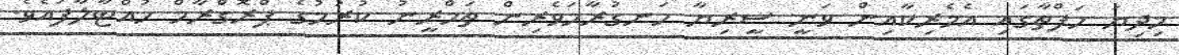
މިދިޔަ ހަފްތާގައި އެމެރިކާއިން ވަނީ ސީރިޔާ ހަނގުރާމަވެރިން ތަމްރީނު ކުރުމުގެ ޕްރޮގްރާމް ހުއްޓާލާފައެވެ.